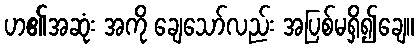
ဟ၏အဆုံး အကို ချေသော်လည်း အပြစ်မရှိ၍ချေ။